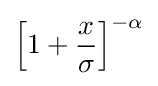
\left[1+{\frac {x}{\sigma }}\right]^{-\alpha }